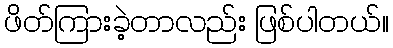
ဖိတ်ကြားခဲ့တာလည်း ဖြစ်ပါတယ်။